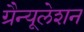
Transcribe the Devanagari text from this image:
ग्रैन्यूलेशन